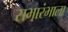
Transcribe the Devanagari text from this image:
सभारंभाला